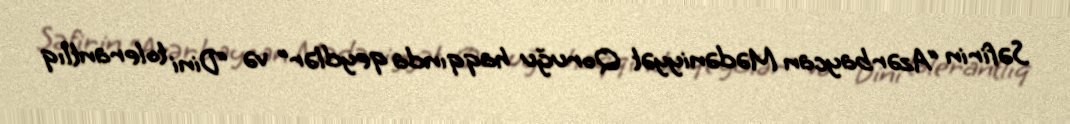
Səfirin “Azərbaycan Mədəniyyət Qoruğu haqqında qeydlər” və “Dini tolerantlıq